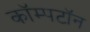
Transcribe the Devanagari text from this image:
कॉम्पटॉन